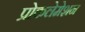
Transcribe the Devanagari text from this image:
प्रोकलेमेशन